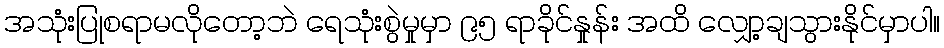
အသုံးပြုစရာမလိုတော့ဘဲ ရေသုံးစွဲမှုမှာ ၉၅ ရာခိုင်နှုန်း အထိ လျှော့ချသွားနိုင်မှာပါ။